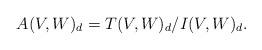
LaTeX: \begin{align*}A(V,W)_d= T(V,W)_d/ I(V,W)_d.\end{align*}